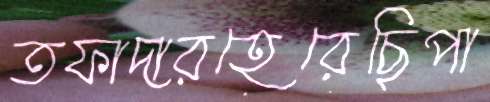
তফাদারহেরেছিপা